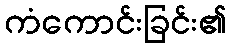
ကံကောင်းခြင်း၏